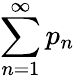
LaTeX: \sum_{n=1}^{\infty}p_{n}